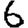
Digit: 6